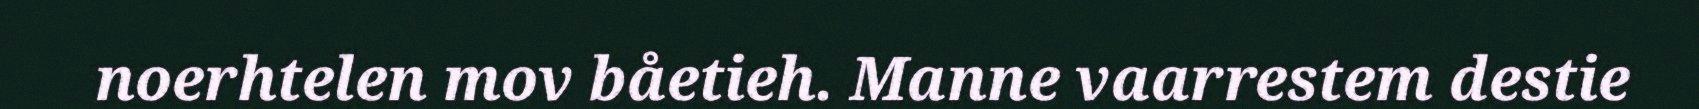
noerhtelen mov båetieh. Manne vaarrestem destie